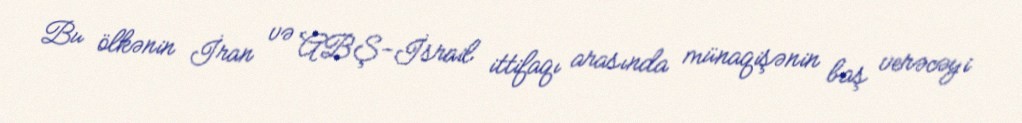
Bu ölkənin İran və ABŞ-İsrail ittifaqı arasında münaqişənin baş verəcəyi